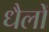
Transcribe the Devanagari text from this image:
धैलों